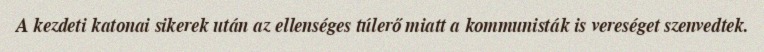
A kezdeti katonai sikerek után az ellenséges túlerő miatt a kommunisták is vereséget szenvedtek.